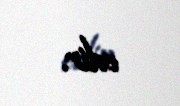
edir.